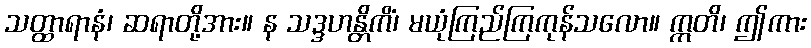
သတ္ထာရာနံ၊ ဆရာတို့အား။ န သဒ္ဒဟန္တိကိံ၊ မယုံကြည်ကြကုန်သလော။ ဣတိ၊ ဤကား